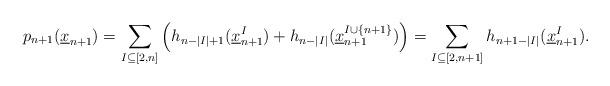
LaTeX: \begin{align*}p_{n+1}(\underline x_{n+1}) = \sum_{I \subseteq [2,n]} \left( h_{n-|I|+1}(\underline x_{n+1}^I) + h_{n-|I|}(\underline x_{n+1}^{I \cup \{ n+1\}}) \right)= \sum_{I \subseteq [2,n+1]} h_{n+1-|I|}(\underline x_{n+1}^I).\end{align*}